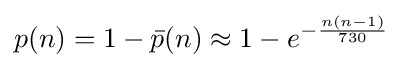
p(n)=1-{\bar {p}}(n)\approx 1-e^{-{\frac {n(n-1)}{730}}}